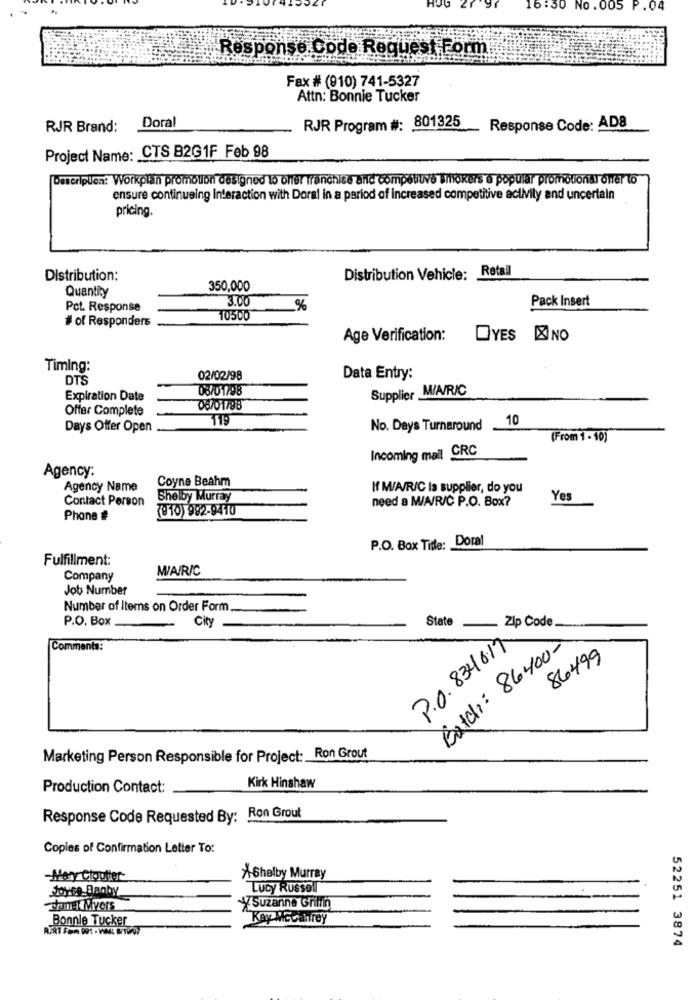
HJG Zr
y
16:30 No.005 P.04
Response Code Request Form:
Fax # (910) 741-5327
Attn: Bonnie Tucker
RJR Brand:
Doral
RJR Program #: 801325
Response Code: AD8
Project Name: CTS B2G1F Feb 98
Description: Workplan promotion designed to offer Tränchise alle competiuve smokers a popular promotional oner to
ensure continueing Interaction with Doral in a period of increased competitive activity and uncertain
pricing.
Distribution:
Distribution Vehicle; Retail
Quantity
350,000
3.00
Pack Insert
Pct. Response
%
# of Responders
10500
Age Verification:
DYES BINO
Timing:
DTS
02/02/98
Data Entry:
06/01798
Supplier M/A/R/C
Expiration Date
Offer Complete
08/01/88
119
10
Days Offer Open
No. Deys Turnaround
(From 1 - 10)
Incoming mail CRC
Agency:
Coyne Beahm
Agency Name
If M/A/R/C is supplier, do you
Contact Person
Shelby Murray
need a M/A/R/C P.O. Box?
Yes
(010) 992-9410
Phone #
P.O. Box Title: Doral
Fulfillment:
MAIRIC
Company
Job Number
Number of Items on Order Form.
P.O. Box
City
State
Zip Code
Comments:
P.O. 8346.17
Batch: 86400-
86499
Marketing Person Responsible for Project: Ron Grout
Kirk Hinshaw
Production Contact:
Response Code Requested By: Ron Grout
Copies of Confirmation Letter To:
-Mary Cloutier
XShelby Murray
Joyce Banky
Lucy Russell
Janek Myers
YSuzanne Grillin
Bonnie Tucker
Kay Mccanrey
52251 3874